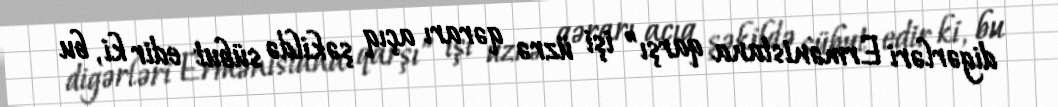
digərləri Ermənistana qarşı” işi üzrə qərarı açıq şəkildə sübut edir ki, bu